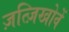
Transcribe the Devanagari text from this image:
ज़त्ज़िखोवें